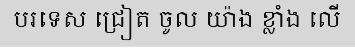
បរទេស ជ្រៀត ចូល យ៉ាង ខ្លាំង លើ